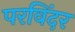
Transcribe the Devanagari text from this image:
परविंदर